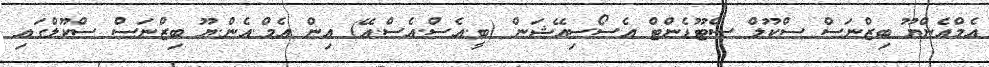
އެމްއެންޔޫ ބިޒްނަސް ސްކޫލް ސްޓޫޑެންޓް އެސޯސިއޭޝަން (ބީ.އެސް.އެސް.އޭ) އިން އެމް.އެން.ޔޫ ބިޒްނަސް ސްކޫލްގައި